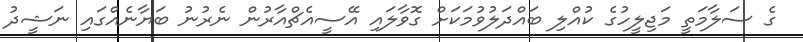
ގެ ސަލާމަތީ މަޖިލީހުގެ ކުއްލި ބައްދަލުވުމަކަށް ގޮވާލައި އޭސީއެޗްއާރުން ނެރުނު ބަޔާނެއްގައި ނަޝީދު